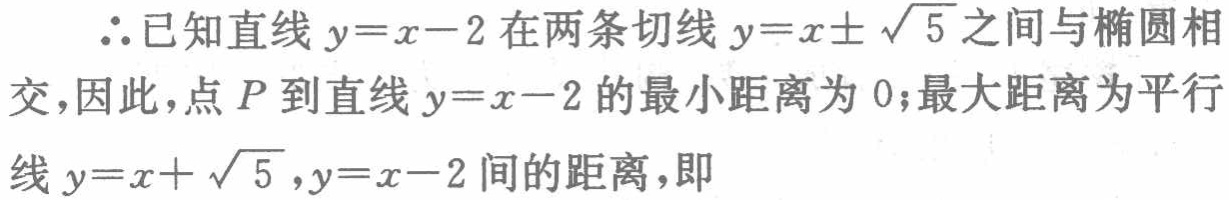
$\therefore$已知直线$y = x - 2$在两条切线$y = x\pm\sqrt{5}$之间与椭圆相交，因此，点$P$到直线$y = x - 2$的最小距离为$0$；最大距离为平行线$y = x + \sqrt{5},y = x - 2$间的距离，即